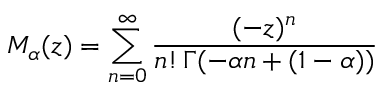
M _ { \alpha } ( z ) = \sum _ { n = 0 } ^ { \infty } \frac { ( - z ) ^ { n } } { n ! \, \Gamma ( - \alpha n + ( 1 - \alpha ) ) }